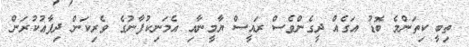
ތިބީ ކިތަންމެ ބޮޑު އަގެއް ދީގެންވެސް ރައީސް ޔާމީނާއި އެމަނިކުފާނުގެ ވެރިކަން ދިފާޢުކުރަން